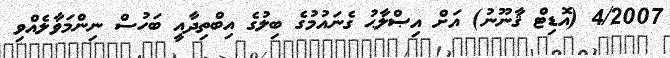
4/2007 (އޮޑިޓް ޤާނޫނު) އަށް އިޞްލާޙު ގެނައުމުގެ ބިލުގެ އިބްތިދާއީ ބަހުސް ނިންމަވާލެއްވި